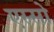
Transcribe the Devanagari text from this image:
एस्सो